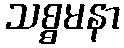
သစ္စမနာ